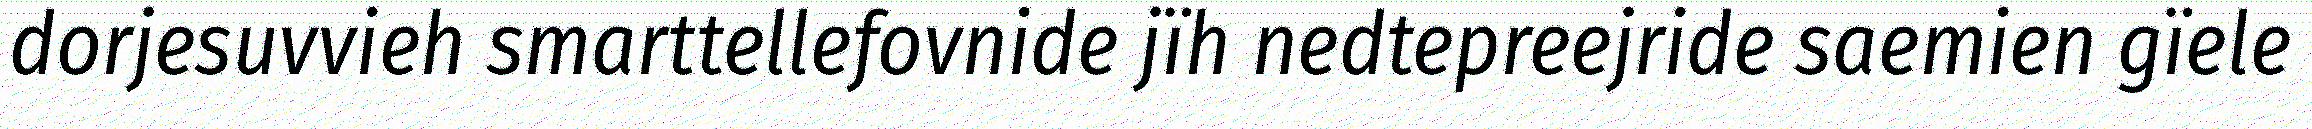
dorjesuvvieh smarttellefovnide jïh nedtepreejride saemien gïele